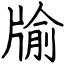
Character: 牏